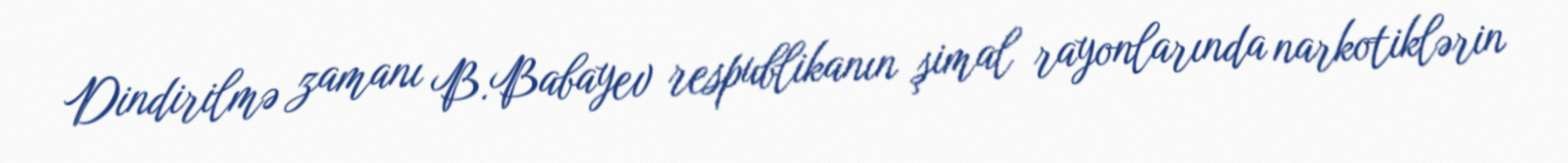
Dindirilmə zamanı B.Babayev respublikanın şimal rayonlarında narkotiklərin